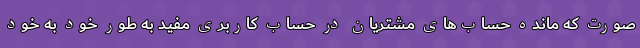
صورت که مانده حساب‌های مشتریان در حساب کاربری مفید به طور خود به خود